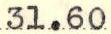
31.60